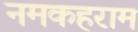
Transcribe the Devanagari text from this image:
नमकहराम